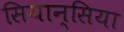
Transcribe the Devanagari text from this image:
सियान्सिया